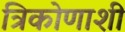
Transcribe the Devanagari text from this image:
त्रिकोणाशी